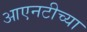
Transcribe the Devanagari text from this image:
आएनटीच्या